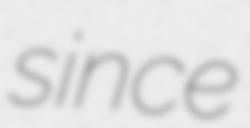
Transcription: since